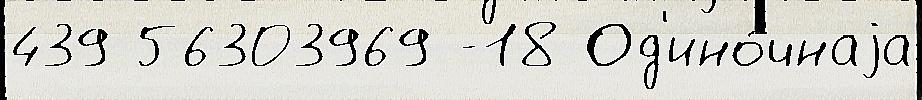
439 56303969 -18 Од'ино́чнаjа